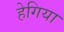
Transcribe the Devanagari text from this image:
हेगिया